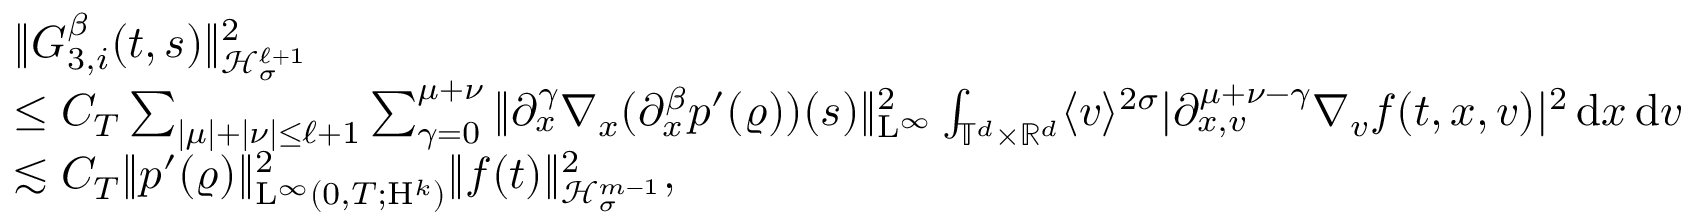
\begin{array} { r l } & { \Vert G _ { 3 , i } ^ { \beta } ( t , s ) \Vert _ { \mathcal { H } _ { \sigma } ^ { \ell + 1 } } ^ { 2 } } \\ & { \leq C _ { T } \sum _ { \vert \mu \vert + \vert \nu \vert \leq \ell + 1 } \sum _ { \gamma = 0 } ^ { \mu + \nu } \Vert \partial _ { x } ^ { \gamma } \nabla _ { x } ( \partial _ { x } ^ { \beta } p ^ { \prime } ( \varrho ) ) ( s ) \Vert _ { \mathrm { L } ^ { \infty } } ^ { 2 } \int _ { \mathbb T ^ { d } \times \mathbb R ^ { d } } \langle v \rangle ^ { 2 \sigma } \vert \partial _ { x , v } ^ { \mu + \nu - \gamma } \nabla _ { v } f ( t , x , v ) \vert ^ { 2 } \, \mathrm { d } x \, \mathrm { d } v } \\ & { \lesssim C _ { T } \Vert p ^ { \prime } ( \varrho ) \Vert _ { \mathrm { L } ^ { \infty } ( 0 , T ; \mathrm { H } ^ { k } ) } ^ { 2 } \Vert f ( t ) \Vert _ { \mathcal { H } _ { \sigma } ^ { m - 1 } } ^ { 2 } , } \end{array}